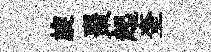
旋棗起奎